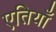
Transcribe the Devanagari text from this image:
एतियाँ